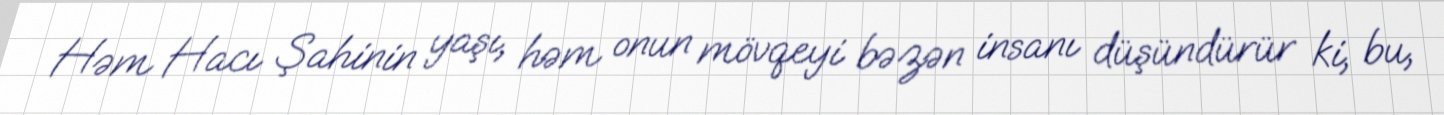
Həm Hacı Şahinin yaşı, həm onun mövqeyi bəzən insanı düşündürür ki, bu,